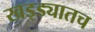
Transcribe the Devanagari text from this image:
खड्ड्यातच